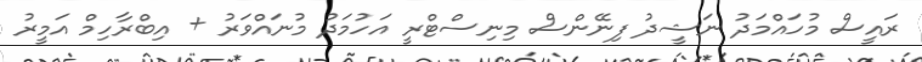
ރައީސް މުހައްމަދު ނަޝީދު ފިނޭންސް މިނިސްޓްރީ އަހުމަދު މުނައްވަރު + އިބްރާހިމް އަމީރު